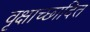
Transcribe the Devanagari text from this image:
वृक्षाच्छादित